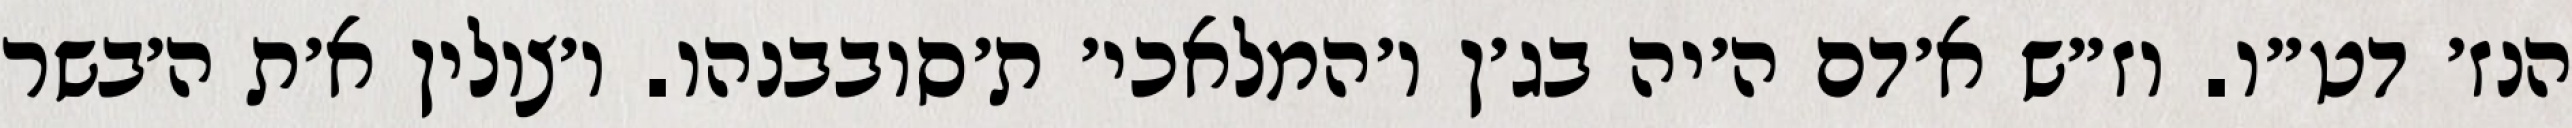
הנז׳ דט״ו. וז״ש א׳דם ה׳יה בג׳ן ו׳המלאכי׳ ת׳סובבנהו. ו׳צולין א׳ת ה׳בשר